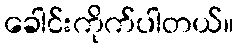
ခေါင်းကိုက်ပါတယ်။